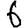
Digit: 6